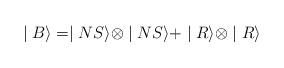
LaTeX: \begin{align*}\mid B\rangle =\mid NS\rangle \otimes \mid NS\rangle +\mid R\rangle \otimes\mid R\rangle \end{align*}